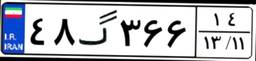
۴۸گ۳۶۶۱۴